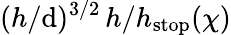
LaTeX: (h/\mathrm{d})^{3/2}\, h/h_{\mathrm{{{stop}}}}(\chi)